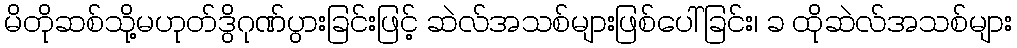
မိတိုဆစ်သို့မဟုတ်ဒွိဂုဏ်ပွားခြင်းဖြင့် ဆဲလ်အသစ်များဖြစ်ပေါ်ခြင်း၊ ခ ထိုဆဲလ်အသစ်များ